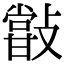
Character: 𣀏